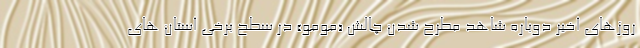
روزهای اخیر دوباره شاهد مطرح شدن چالش «مومو» در سطح برخی استان های